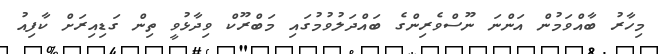
މިހާރު ބާއްވަމުން އަންނަ ނޫސްވެރިންގެ ބައްދަލުވުމުގައި މަބްރޫކް ވިދާޅުވީ ތިން ގަޑިއިރަށް ކާފިއު